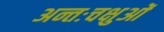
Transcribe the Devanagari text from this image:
अन्तःचक्षुओं